Document type: Sale
Year: 1461
Scribe: [Unknown]
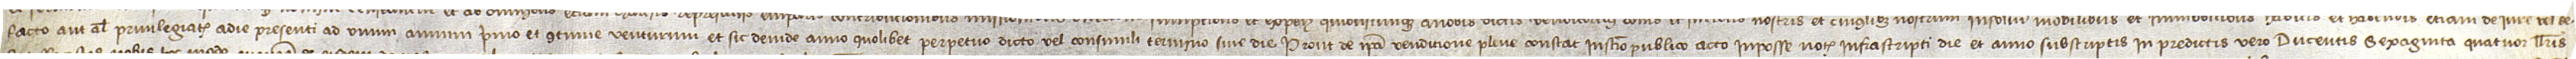
facto aut aliter privilegiatis, a die presenti ad unum annum primo et continue venturum, et sic deinde anno quolibet perpetuo dicto vel consimili termino sive die. Prout de ipsa venditione plene constat instrumento publico acto in posse notarii infrascripti die et anno subscriptis. In predictis vero ducentis sexaginta quatuor llibris